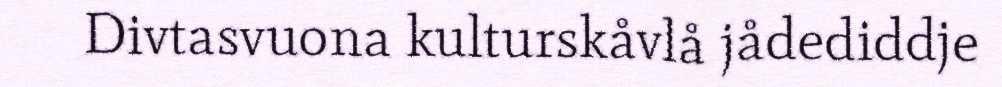
Divtasvuona kulturskåvlå jådediddje